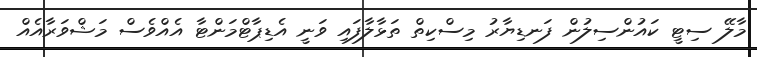
މާލޭ ސިޓީ ކައުންސިލުން ފަނޑިޔާރު މިސްކިތް ތަޅާލާފައި ވަނީ އެޑިޕާޓްމަންޓާ އެއްވެސް މަޝްވަރާއެއް